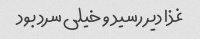
غذا دیر رسید و خیلی سرد بود